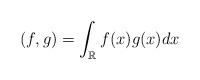
LaTeX: \begin{align*}(f,g)=\int_{\mathbb{R}}f(x)g(x)dx\end{align*}